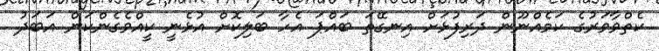
ކެތްވާވަރުގެ ކަމެއްނޫން ދަރިފުޅަށް އިނގޭތަ ބައްޕަ އެހާ ބަލިކޮށް އުޅެނީ ކީއްވެގެންކަން އަބަދު